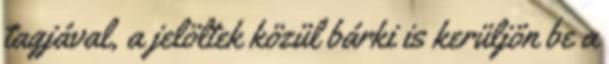
tagjával, a jelöltek közül bárki is kerüljön be a